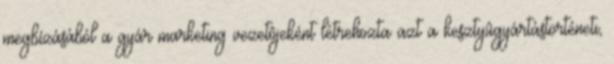
megbízásából a gyár marketing vezetôjeként létrehozta azt a kesztyûgyártástörténeti,